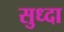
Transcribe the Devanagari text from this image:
सुध्‍दा